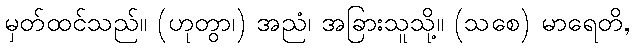
မှတ်ထင်သည်။ (ဟုတွာ၊) အညံ၊ အခြားသူသို့။ (သစေ) မာရေတိ,